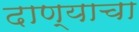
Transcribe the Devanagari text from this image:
दाण्याचा